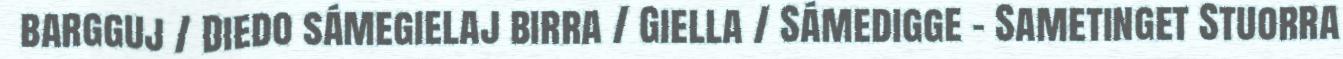
bargguj / Diedo sámegielaj birra / Giella / Sámedigge - Sametinget Stuorra